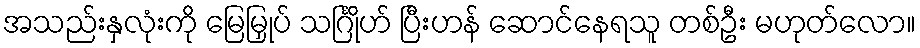
အသည်းနှလုံးကို မြေမြှုပ် သင်္ဂြိုဟ် ပြီးဟန် ဆောင်နေရသူ တစ်ဦး မဟုတ်လော။